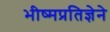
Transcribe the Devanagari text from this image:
भीष्मप्रतिज्ञेने